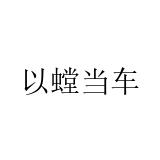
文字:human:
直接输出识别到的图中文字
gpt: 以螳当车